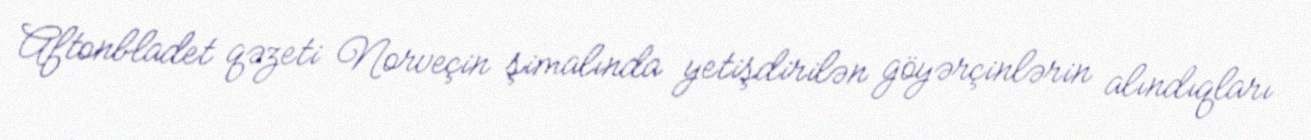
Aftonbladet qəzeti Norveçin şimalında yetişdirilən göyərçinlərin alındıqları